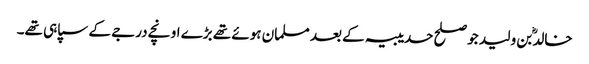
خالدؓ بن ولید جو صلح حدیبیہ کے بعد مسلمان ہوئے تھے بڑے اونچے درجے کے سپاہی تھے۔